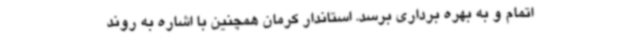
اتمام و به بهره برداری برسد. استاندار کرمان همچنین با اشاره به روند